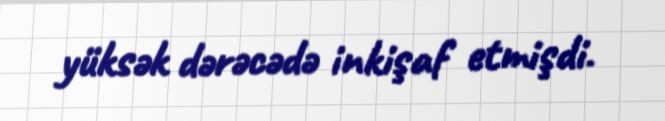
yüksək dərəcədə inkişaf etmişdi.